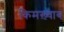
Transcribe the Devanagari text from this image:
किमख़्वाब